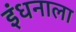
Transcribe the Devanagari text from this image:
इंधनाला